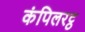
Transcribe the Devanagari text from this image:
कंपिलरट्ठ